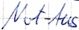
Text: Not-Aus